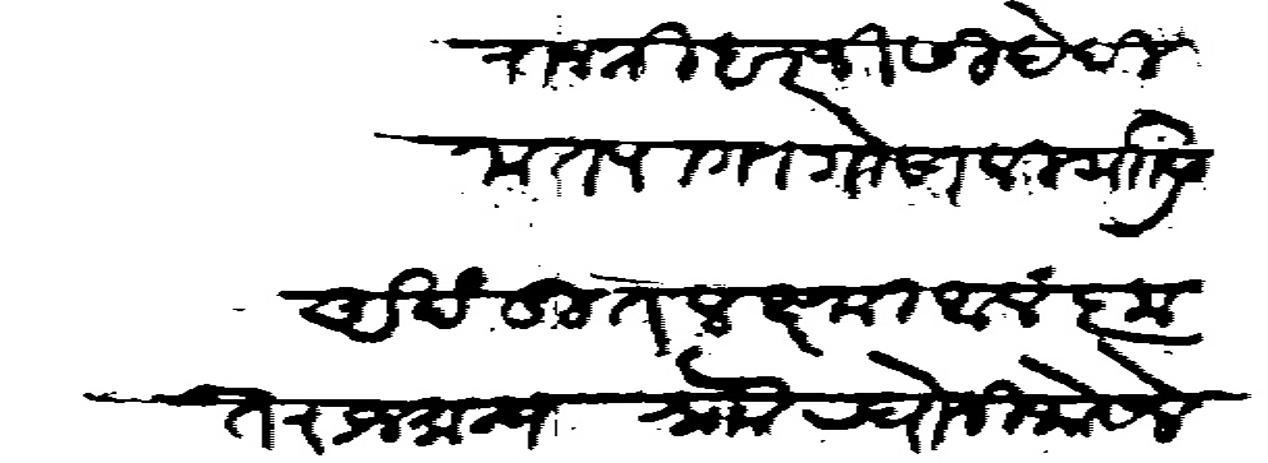
Transliteration (Devanagari): राजश्री हरजी सिंदे दिमत पागा गोसावी यांस अखंडित लक्ष्मी अलंकृत राजमान्य श्राो रघोजी भोसले